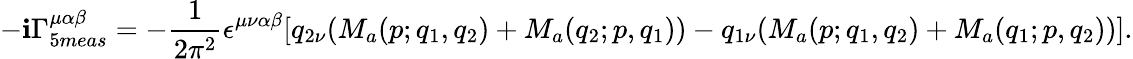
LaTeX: -\mathbf{i}\Gamma_{5meas}^{\mu\alpha\beta}=-\frac{{1}}{{2\pi^{2}}}\epsilon^{\mu\nu\alpha\beta}[q_{2\nu}(M_{a}(p;q_{1},q_{2})+M_{a}(q_{2};p,q_{1}))-q_{1\nu}(M_{a}(p;q_{1},q_{2})+M_{a}(q_{1};p,q_{2}))].